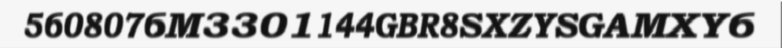
5608076M3301144GBR8SXZYSGAMXY6